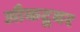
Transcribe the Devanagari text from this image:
औकटूबर